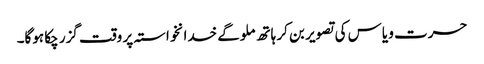
حسرت و یاس کی تصویر بن کر ہاتھ ملوگے خدانخواستہ پر وقت گزر چکا ہوگا۔